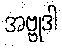
အဗ္ဗုဒါ